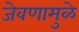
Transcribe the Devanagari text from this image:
जेवणामुळे